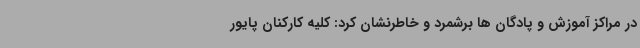
در مراکز آموزش و پادگان ها برشمرد و خاطرنشان کرد: کلیه کارکنان پایور